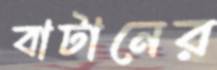
বাটানের